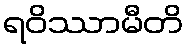
ရဝိဿာမီတိ